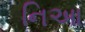
નિઆ